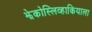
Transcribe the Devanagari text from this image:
झेकोस्लिव्हाकियाला